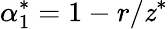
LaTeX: \alpha_{1}^{*}=1-r/\mathit{z}^{*}